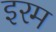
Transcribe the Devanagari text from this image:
इरम